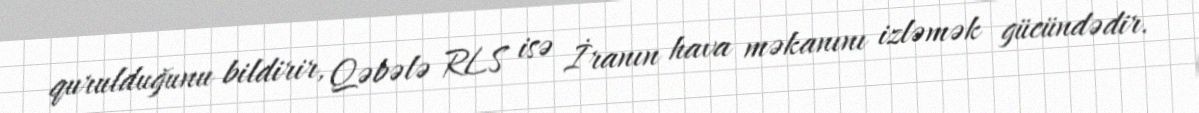
qurulduğunu bildirir, Qəbələ RLS isə İranın hava məkanını izləmək gücündədir.